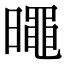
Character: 𣋋